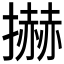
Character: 𢷓